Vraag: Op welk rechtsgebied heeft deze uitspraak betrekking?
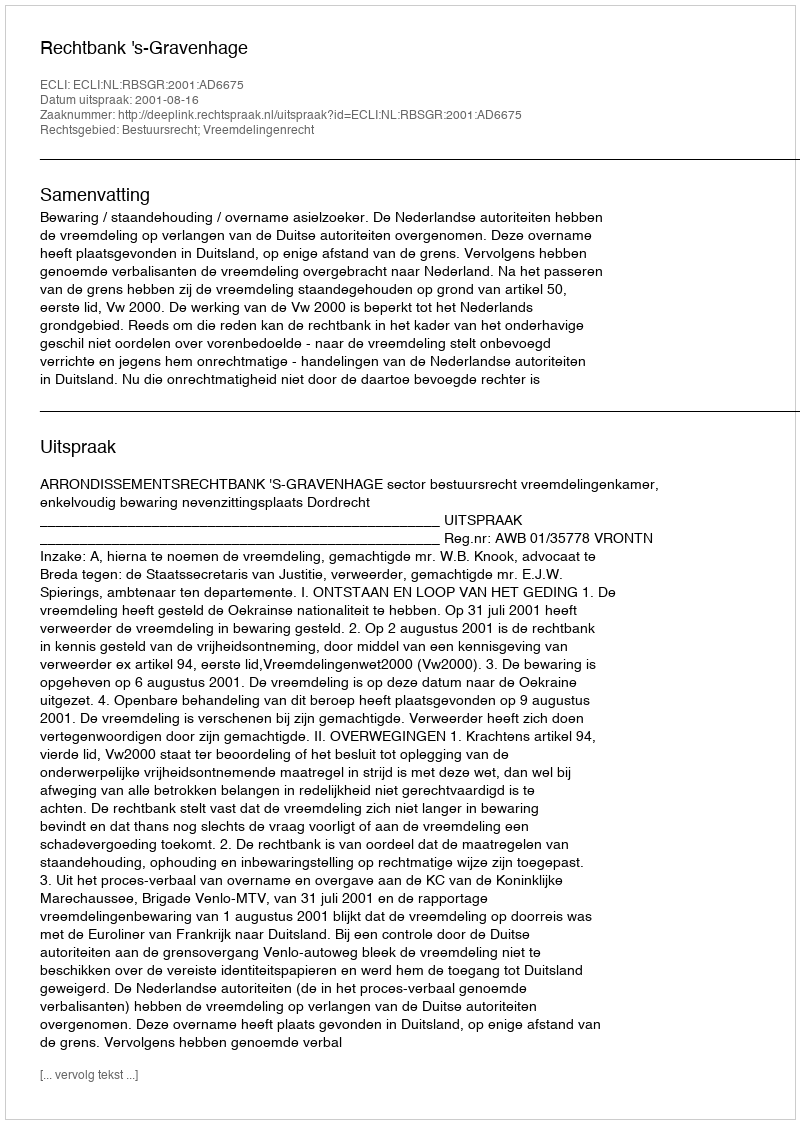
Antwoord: Bestuursrecht; Vreemdelingenrecht